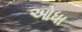
ઓધા